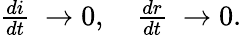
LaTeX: \begin{array}{r}{\frac{di}{dt}\ \to 0,\ \ \ \ \frac{dr}{dt}\ \to 0.}\end{array}